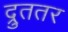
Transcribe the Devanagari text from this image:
द्रुततर